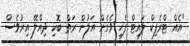
"އެއް ޓްރެފިކް ލައިޓް ފެހި ވެގެން އަލުން ރަތް ބޮކި ދިއްލޭ އިރުވެސް